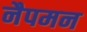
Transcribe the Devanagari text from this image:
नैपमन